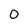
Character: 0